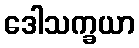
ဒေါသက္ခယာ